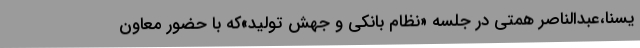
یسنا،عبدالناصر همتی در جلسه «نظام بانکی و جهش تولید»که با حضور معاون